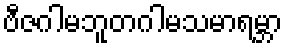
ဗီဇဂါမဘူတဂါမသမာရမ္ဘာ